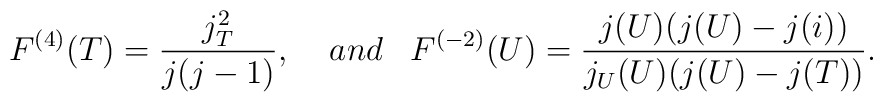
F^{(4)}(T) = \frac{j_T^2}{j(j-1)},\;\;\;\;and\;\;\; F^{(-2)}(U)=\frac{j(U) (j(U) - j(i))}{j_U(U)(j(U) - j(T))}.